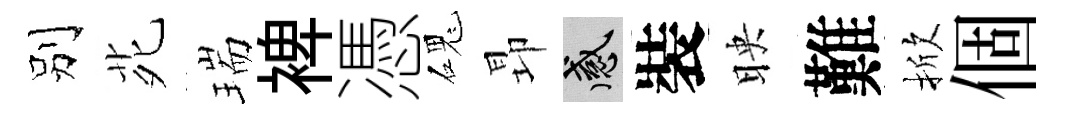
别𫟍瑞裨憑磈昻感裝映難掀個